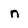
Character: n